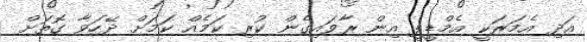
އަދި އެމަރަކީ އެމްޑީޕީ އިން ރާވައިގެން ކުރި ކަމެއް ކަމަށް ދޭހަވާ ގޮތަށް